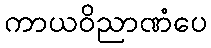
ကာယဝိညာဏံပေ